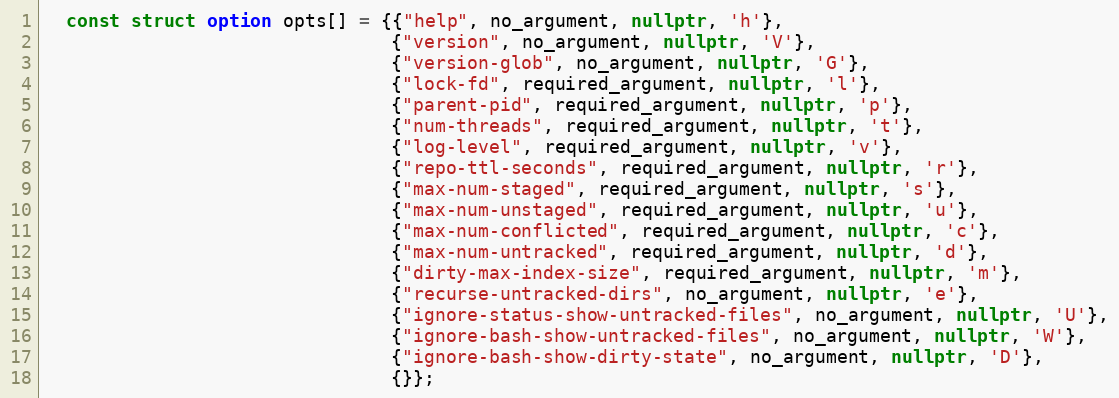
Language: C++
  const struct option opts[] = {{"help", no_argument, nullptr, 'h'},
                                {"version", no_argument, nullptr, 'V'},
                                {"version-glob", no_argument, nullptr, 'G'},
                                {"lock-fd", required_argument, nullptr, 'l'},
                                {"parent-pid", required_argument, nullptr, 'p'},
                                {"num-threads", required_argument, nullptr, 't'},
                                {"log-level", required_argument, nullptr, 'v'},
                                {"repo-ttl-seconds", required_argument, nullptr, 'r'},
                                {"max-num-staged", required_argument, nullptr, 's'},
                                {"max-num-unstaged", required_argument, nullptr, 'u'},
                                {"max-num-conflicted", required_argument, nullptr, 'c'},
                                {"max-num-untracked", required_argument, nullptr, 'd'},
                                {"dirty-max-index-size", required_argument, nullptr, 'm'},
                                {"recurse-untracked-dirs", no_argument, nullptr, 'e'},
                                {"ignore-status-show-untracked-files", no_argument, nullptr, 'U'},
                                {"ignore-bash-show-untracked-files", no_argument, nullptr, 'W'},
                                {"ignore-bash-show-dirty-state", no_argument, nullptr, 'D'},
                                {}};